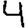
Digit: 4